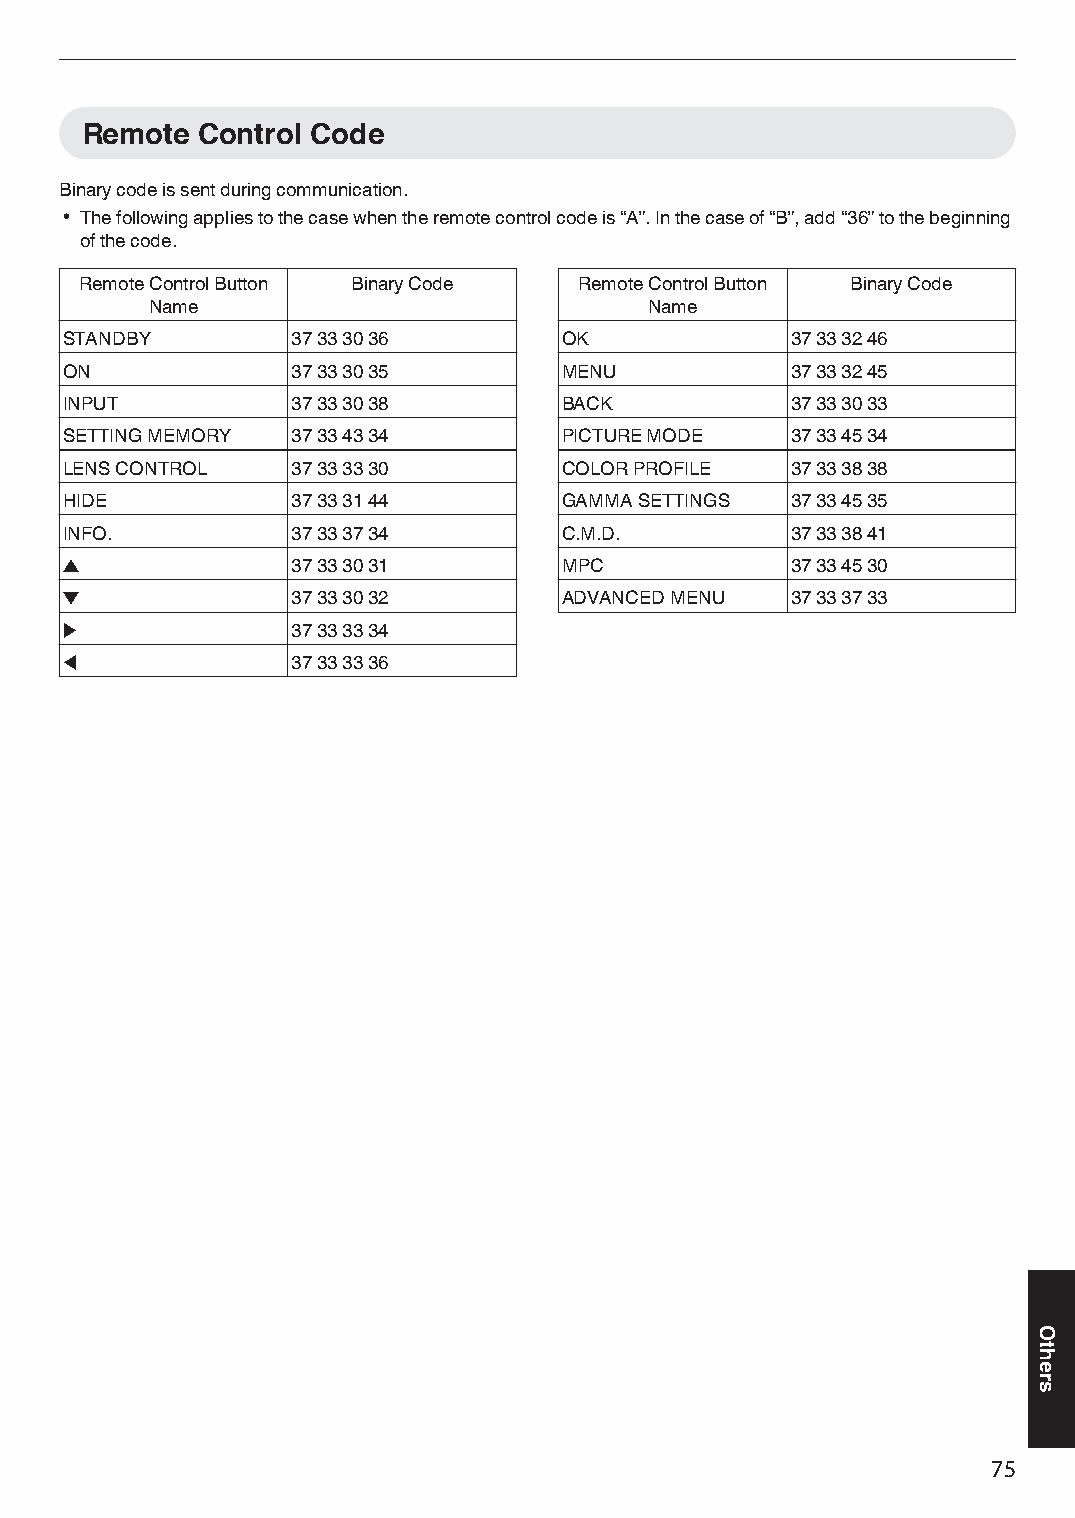
Remote  Control Code
 Binary code is sent during communication.
 0 The following applies to the case when the remote control code is “A”. In the case of “B”, add “36” to the beginning
 of the code.
 Remote Control Button Binary Code Remote Control Button Binary Code
 Name                             Name
 STANDBY        37 33 30 36       OK             37 33 32 46
 ON             37 33 30 35       MENU           37 33 32 45
 INPUT          37 33 30 38       BACK           37 33 30 33
 SETTING MEMORY 37 33 43 34       PICTURE MODE   37 33 45 34
 LENS CONTROL   37 33 33 30       COLOR PROFILE  37 33 38 38
 HIDE           37 33 31 44       GAMMA SETTINGS 37 33 45 35
 INFO.          37 33 37 34       C.M.D.         37 33 38 41
 J              37 33 30 31       MPC            37 33 45 30
 K              37 33 30 32       ADVANCED MENU  37 33 37 33
 I              37 33 33 34
 H              37 33 33 36
 75
 Others